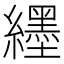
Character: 纆